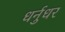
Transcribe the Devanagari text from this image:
धर्नुधर